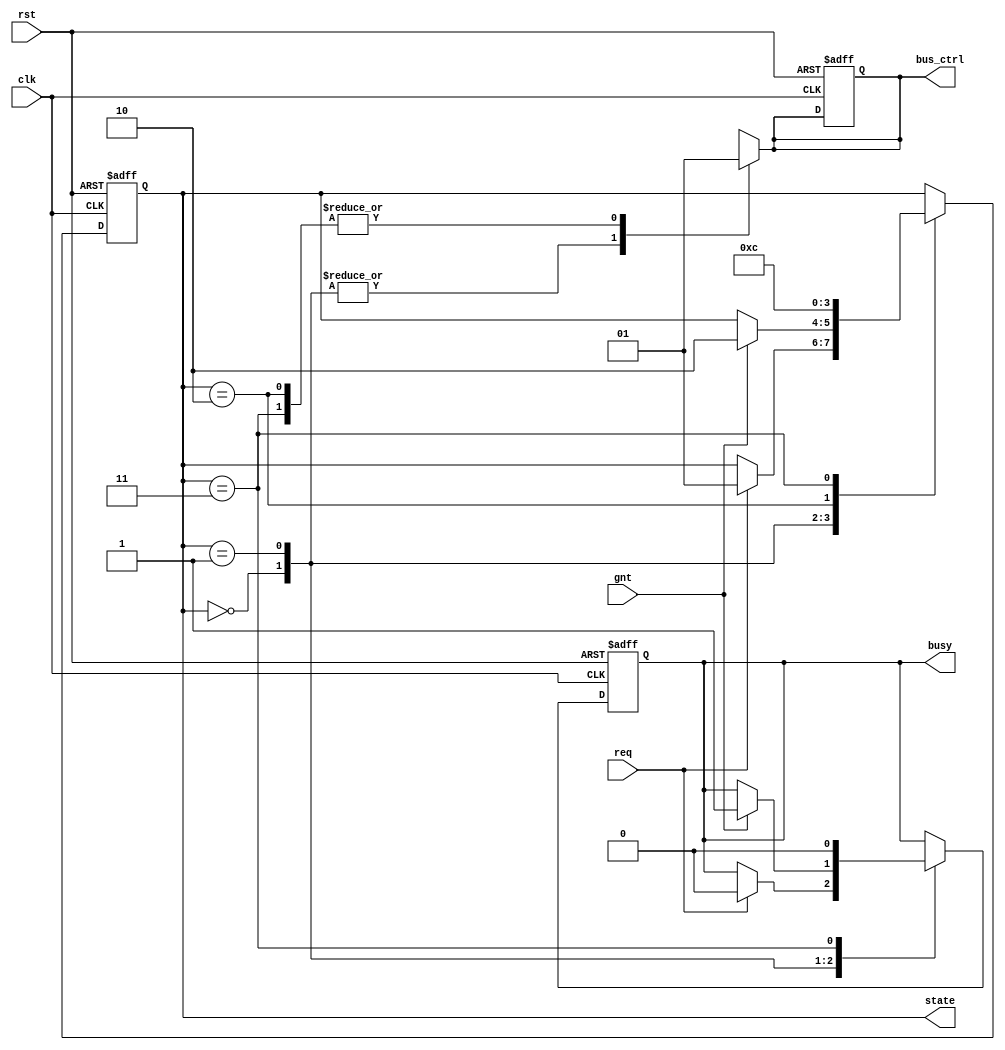
module BusController (
    input wire clk,         // Clock signal
    input wire rst,         // Reset signal
    input wire req,         // Request signal from master
    input wire gnt,         // Grant signal from arbiter
    output reg busy,        // Busy signal indicating the controller is active
    output reg [1:0] state, // Current state of the FSM
    output reg bus_ctrl      // Bus control signal (read/write enable, etc.)
);

// State encoding
localparam IDLE = 2'b00;
localparam REQUEST = 2'b01;
localparam GRANT = 2'b10;
localparam TRANSFER = 2'b11;

// State transition logic
always @(posedge clk or posedge rst) begin
    if (rst) begin
        state <= IDLE; // Reset to Idle state
        busy <= 1'b0;
        bus_ctrl <= 1'b0;
    end else begin
        case (state)
            IDLE: begin
                if (req) begin
                    state <= REQUEST; // Transition to Request state if req is asserted
                    busy <= 1'b0;     // Not busy yet
                end
            end
            REQUEST: begin
                if (gnt) begin
                    state <= GRANT; // Transition to Grant state if gnt is asserted
                    busy <= 1'b1;   // Controller is busy
                end
            end
            GRANT: begin
                state <= TRANSFER; // Move to Transfer state
            end
            TRANSFER: begin
                state <= IDLE; // Transition back to Idle after Transfer
                busy <= 1'b0;   // Set busy to low after transfer
            end
        endcase
    end
end

// Output logic - Moore machine output based on current state
always @(*) begin
    // Default values
    bus_ctrl = 1'b0; // Default bus control signal
    case (state)
        IDLE: begin
            // In IDLE state, bus control signals are deasserted
            bus_ctrl = 1'b0;
        end
        REQUEST: begin
            // In REQUEST state, prepare to access the bus
            bus_ctrl = 1'b0; // Change as per your control signal requirements
        end
        GRANT: begin
            // In GRANT state, access to the bus is granted
            bus_ctrl = 1'b1; // Change as per your control signal requirements
        end
        TRANSFER: begin
            // In TRANSFER state, control signals for data transfer are asserted
            bus_ctrl = 1'b1; // Change as per your control signal requirements
        end
        default: begin
            bus_ctrl = 1'b0; // Safety default
        end
    endcase
end

endmodule